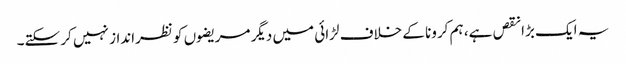
یہ ایک بڑا نقص ہے، ہم کرونا کے خلاف لڑائی میں دیگر مریضوں کو نظرانداز نہیں کر سکتے۔